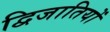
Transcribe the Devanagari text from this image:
द्विजातियों